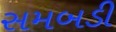
સમબડી